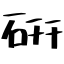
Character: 硏